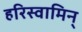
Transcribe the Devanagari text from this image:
हरिस्वामिन्